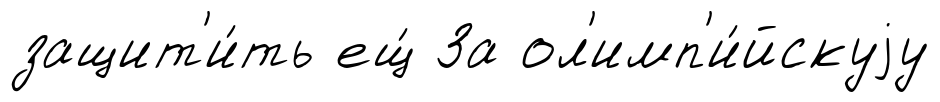
защит'и́ть ещ́ За ол'имп'и́йскуjу